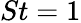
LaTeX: St=1